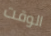
الوقت